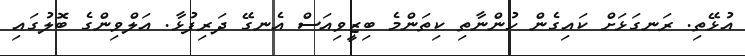
އުޅޭތި. ރަނގަޅަށް ކައިގެން ހުންނާތި ކިތަންމެ ބިޒީވިއަސް އެނގޭ ދަރިފުޅާ. އަލްވިންގެ ބޮލުގައި